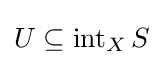
U\subseteq \operatorname {int} _{X}S